Report on the working of the Ranchi Indian Mental Hospital, Kanke, in Bihar and Orissa - 1930-1940
Year: 1930
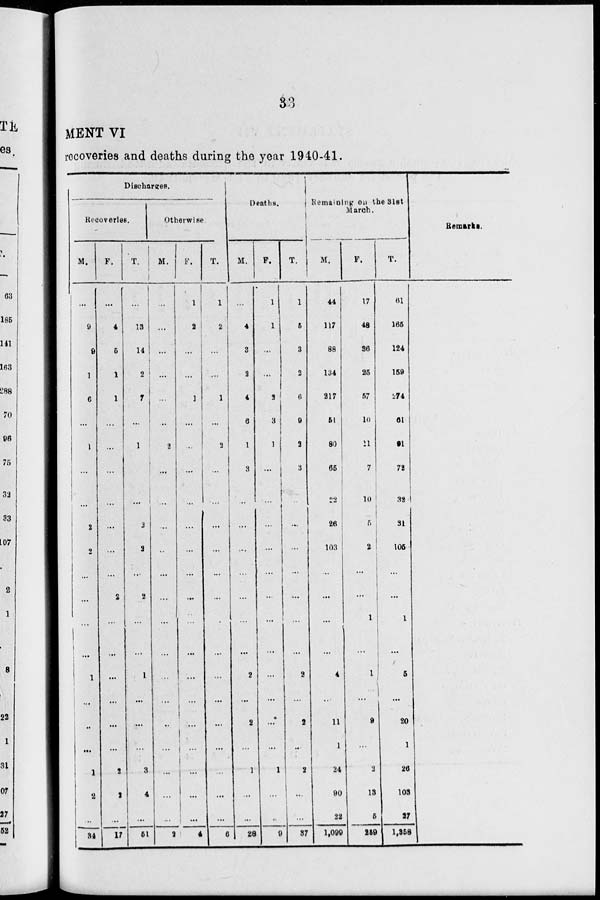
33
MENT VI
recoveries and deaths during the year 1940-41.
Discharges.
Recoveries.
M.
...
9
9
1
6
...
1
...
...
2
2
...
...
...
...
1
...
..
...
1
2
...
34
F.
...
4
5
1
1
...
...
...
...
...
...
...
2
...
...
...
...
...
...
2
2
...
17
T.
...
13
14
2
7
...
1
...
...
2
2
...
2
...
...
1
...
...
...
3
4
...
51
Otherwise
M.
...
...
...
...
...
...
2
...
...
...
..
...
...
...
...
...
...
..
...
...
...
...
2
F.
1
2
...
...
1
...
...
...
...
...
...
...
...
...
...
...
...
...
...
...
...
...
4
T.
1
2
...
...
1
...
2
...
...
...
...
...
...
...
...
...
...
...
...
...
...
...
6
Deaths.
M.
...
4
3
2
4
6
1
3
...
...
...
...
...
...
...
2
...
2
...
1
...
...
28
F.
1
1
...
...
2
3
1
...
...
...
...
...
...
...
...
...
...
...
...
1
...
..
9
T.
1
5
3
2
6
9
2
3
...
...
...
...
...
...
...
2
...
2
...
2
...
...
37
Remaining on the 31st
March.
M.
44
117
88
134
217
51
80
65
22
26
103
...
...
...
...
4
...
11
1
24
90
22
1,099
F.
17
48
36
25
57
10
11
7
10
5
2
...
...
1
...
1
...
9
...
2
13
5
259
T.
61
165
124
159
274
61
91
72
32
31
105
...
...
1
...
5
...
20
1
26
103
27
1,358
Remarks.